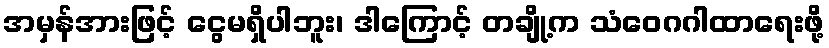
အမှန်အားဖြင့် ငွေမရှိပါဘူး၊ ဒါကြောင့် တချို့က သံဝေဂဂါထာရေးဖို့